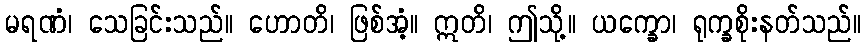
မရဏံ၊ သေခြင်းသည်။ ဟောတိ၊ ဖြစ်အံ့။ ဣတိ၊ ဤသို့။ ယက္ခော၊ ရုက္ခစိုးနတ်သည်။